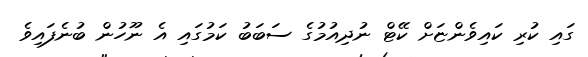
ގައި ކުރި ކައިވެންޏަށް ކޭޓް ނުދިއުމުގެ ސަބަބު ކަމުގައި އެ ނޫހުން ބުނެފައިވެ